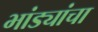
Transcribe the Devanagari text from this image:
भांड्यांचा